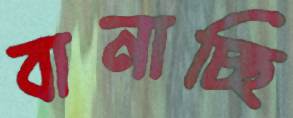
বানাচ্ছি